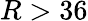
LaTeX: R>36